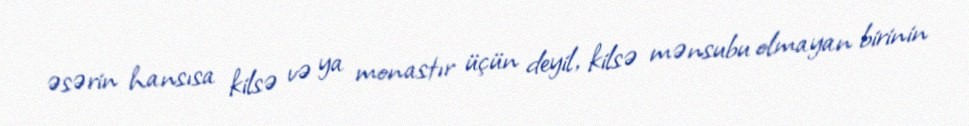
əsərin hansısa kilsə və ya monastır üçün deyil, kilsə mənsubu olmayan birinin